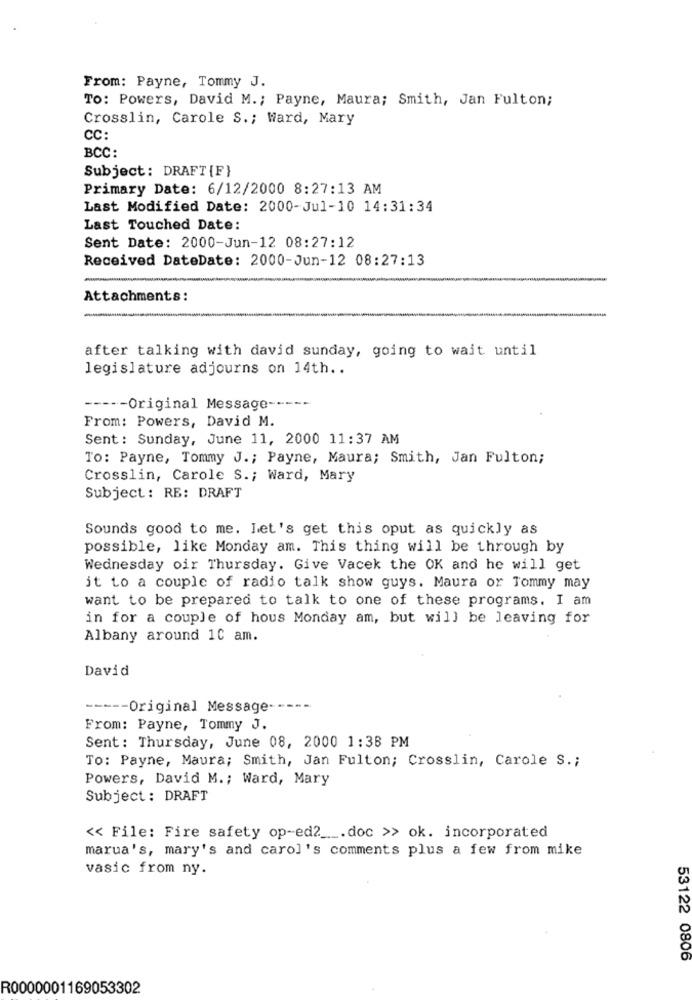
From: Payne, Tommy J.
TO: Powers, David M .; Payne, Maura; Smith, Jan Fulton;
Crosslin, Carole S .; Ward, Mary
CC:
BCC:
Subject: DRAFT{F}
Primary Date: 6/12/2000 8:27:13 AM
Last Modified Date: 2000-Jul-10 14:31:34
Last Touched Date:
Sent Date: 2000-Jun-12 08:27:12
Received DateDate: 2000-Jun-12 08:27:13
Attachments:
after talking with david sunday, going to wait until
legislature adjourns on 14th ..
----- Original Message -----
From: Powers, David M.
Sent: Sunday, June 11, 2000 11:37 AM
To: Payne, Tommy J .; Payne, Maura; Smith, Jan Fulton;
Crosslin, Carole S .; Ward, Mary
Subject : RE: DRAFT
Sounds good to me. Let's get this oput as quickly as
possible, like Monday am. This thing will be through by
Wednesday oir Thursday. Give Vacek the OK and he will get
it to a couple of radio talk show guys. Maura or Tommy may
want to be prepared to talk to one of these programs. I am
in for a couple of hous Monday am, but will be leaving for
Albany around 10 am.
David
----- Original Message -----
From: Payne, Tommy J.
Sent: Thursday, June 08, 2000 1:38 PM
To: Payne, Maura; Smith, Jan Fulton; Crosslin, Carole S .;
Powers, David M .; Ward, Mary
Subject : DRAFT
<< File: Fire safety op-ed2 _. doc >> ok. incorporated
marua's, mary's and carol's comments plus a few from mike
vasic from ny.
53122 0806
R0000001169053302